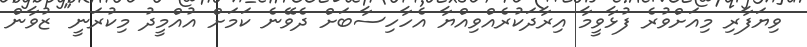
ވިޔަފާރި މިއަށްވުރެ ފުޅާވީމާ އިރާދަކުރެއްވިއްޔާ އެހާހިސާބަށް ދެވޭނެ ކަމަށް އުއްމީދު މިކުރަނީ" ޒުވާން